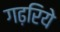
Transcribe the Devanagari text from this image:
गढ़रिये